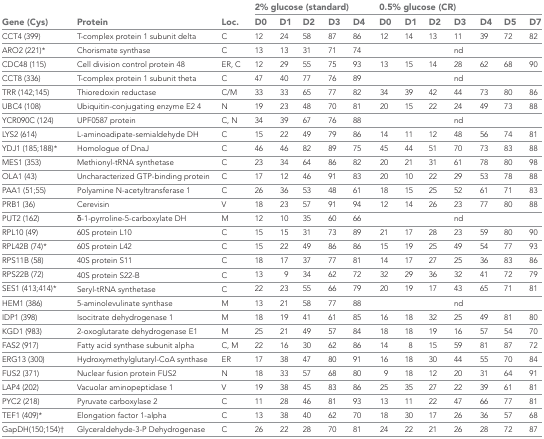
<table><thead><tr><td rowspan="2"><b>Gene (Cys)</b></td><td rowspan="2"><b>Protein</b></td><td rowspan="2"><b>Loc.</b></td><td colspan="5"><b>2% glucose (standard)</b></td><td colspan="7"><b>0.5% glucose (CR)</b></td></tr><tr><td><b>D0</b></td><td><b>D1</b></td><td><b>D2</b></td><td><b>D3</b></td><td><b>D4</b></td><td><b>D0</b></td><td><b>D1</b></td><td><b>D2</b></td><td><b>D3</b></td><td><b>D4</b></td><td><b>D5</b></td><td><b>D7</b></td></tr></thead><tbody><tr><td>CCT4 (399)</td><td>T-complex protein 1 subunit delta</td><td>C</td><td>12</td><td>24</td><td>58</td><td>87</td><td>86</td><td>12</td><td>14</td><td>13</td><td>11</td><td>39</td><td>72</td><td>82</td></tr><tr><td>ARO2 (221)*</td><td>Chorismate synthase</td><td>C</td><td>13</td><td>13</td><td>31</td><td>71</td><td>74</td><td></td><td></td><td></td><td>nd</td><td></td><td></td><td></td></tr><tr><td>CDC48 (115)</td><td>Cell division control protein 48</td><td>ER, C</td><td>12</td><td>29</td><td>55</td><td>75</td><td>93</td><td>13</td><td>15</td><td>14</td><td>28</td><td>62</td><td>68</td><td>90</td></tr><tr><td>CCT8 (336)</td><td>T-complex protein 1 subunit theta</td><td>C</td><td>47</td><td>40</td><td>77</td><td>76</td><td>89</td><td></td><td></td><td></td><td>nd</td><td></td><td></td><td></td></tr><tr><td>TRR (142;145)</td><td>Thioredoxin reductase</td><td>C/M</td><td>33</td><td>33</td><td>65</td><td>77</td><td>82</td><td>34</td><td>39</td><td>42</td><td>44</td><td>73</td><td>80</td><td>86</td></tr><tr><td>UBC4 (108)</td><td>Ubiquitin-conjugating enzyme E2 4</td><td>N</td><td>19</td><td>23</td><td>48</td><td>70</td><td>81</td><td>20</td><td>15</td><td>22</td><td>24</td><td>49</td><td>73</td><td>88</td></tr><tr><td>YCR090C (124)</td><td>UPF0587 protein</td><td>C, N</td><td>34</td><td>39</td><td>67</td><td>76</td><td>88</td><td></td><td></td><td></td><td>nd</td><td></td><td></td><td></td></tr><tr><td>LYS2 (614)</td><td>L-aminoadipate-semialdehyde DH</td><td>C</td><td>15</td><td>22</td><td>49</td><td>79</td><td>86</td><td>14</td><td>11</td><td>12</td><td>48</td><td>56</td><td>74</td><td>81</td></tr><tr><td>YDJ1 (185;188)*</td><td>Homologue of DnaJ</td><td>C</td><td>46</td><td>46</td><td>82</td><td>89</td><td>75</td><td>45</td><td>44</td><td>51</td><td>70</td><td>73</td><td>83</td><td>88</td></tr><tr><td>MES1 (353)</td><td>Methionyl-tRNA synthetase</td><td>C</td><td>23</td><td>34</td><td>64</td><td>86</td><td>82</td><td>20</td><td>21</td><td>31</td><td>61</td><td>78</td><td>80</td><td>98</td></tr><tr><td>OLA1 (43)</td><td>Uncharacterized GTP-binding protein</td><td>C</td><td>17</td><td>12</td><td>46</td><td>91</td><td>83</td><td>20</td><td>10</td><td>22</td><td>29</td><td>53</td><td>78</td><td>88</td></tr><tr><td>PAA1 (51;55)</td><td>Polyamine N-acetyltransferase 1</td><td>C</td><td>26</td><td>36</td><td>53</td><td>48</td><td>61</td><td>18</td><td>15</td><td>25</td><td>52</td><td>61</td><td>71</td><td>83</td></tr><tr><td>PRB1 (36)</td><td>Cerevisin</td><td>V</td><td>18</td><td>23</td><td>57</td><td>91</td><td>94</td><td>12</td><td>14</td><td>26</td><td>23</td><td>77</td><td>80</td><td>88</td></tr><tr><td>PUT2 (162)</td><td>δ-1-pyrroline-5-carboxylate DH</td><td>M</td><td>12</td><td>10</td><td>35</td><td>60</td><td>66</td><td></td><td></td><td></td><td>nd</td><td></td><td></td><td></td></tr><tr><td>RPL10 (49)</td><td>60S protein L10</td><td>C</td><td>15</td><td>15</td><td>31</td><td>73</td><td>89</td><td>21</td><td>17</td><td>28</td><td>23</td><td>59</td><td>80</td><td>90</td></tr><tr><td>RPL42B (74)*</td><td>60S protein L42</td><td>C</td><td>15</td><td>22</td><td>49</td><td>86</td><td>86</td><td>15</td><td>19</td><td>25</td><td>49</td><td>54</td><td>77</td><td>93</td></tr><tr><td>RPS11B (58)</td><td>40S protein S11</td><td>C</td><td>18</td><td>17</td><td>37</td><td>77</td><td>81</td><td>14</td><td>17</td><td>27</td><td>25</td><td>36</td><td>83</td><td>86</td></tr><tr><td>RPS22B (72)</td><td>40S protein S22-B</td><td>C</td><td>13</td><td>9</td><td>34</td><td>62</td><td>72</td><td>32</td><td>29</td><td>36</td><td>32</td><td>41</td><td>72</td><td>79</td></tr><tr><td>SES1 (413;414)*</td><td>Seryl-tRNA synthetase</td><td>C</td><td>22</td><td>23</td><td>55</td><td>66</td><td>79</td><td>20</td><td>19</td><td>17</td><td>43</td><td>65</td><td>71</td><td>81</td></tr><tr><td>HEM1 (386)</td><td>5-aminolevulinate synthase</td><td>M</td><td>13</td><td>21</td><td>58</td><td>77</td><td>88</td><td></td><td></td><td></td><td>nd</td><td></td><td></td><td></td></tr><tr><td>IDP1 (398)</td><td>Isocitrate dehydrogenase 1</td><td>M</td><td>18</td><td>19</td><td>41</td><td>61</td><td>85</td><td>16</td><td>18</td><td>32</td><td>25</td><td>49</td><td>81</td><td>80</td></tr><tr><td>KGD1 (983)</td><td>2-oxoglutarate dehydrogenase E1</td><td>M</td><td>25</td><td>21</td><td>49</td><td>57</td><td>84</td><td>18</td><td>18</td><td>19</td><td>16</td><td>57</td><td>54</td><td>70</td></tr><tr><td>FAS2 (917)</td><td>Fatty acid synthase subunit alpha</td><td>C, M</td><td>22</td><td>16</td><td>30</td><td>62</td><td>86</td><td>14</td><td>8</td><td>15</td><td>59</td><td>81</td><td>87</td><td>72</td></tr><tr><td>ERG13 (300)</td><td>Hydroxymethylglutaryl-CoA synthase</td><td>ER</td><td>17</td><td>38</td><td>47</td><td>80</td><td>91</td><td>16</td><td>18</td><td>30</td><td>44</td><td>55</td><td>70</td><td>84</td></tr><tr><td>FUS2 (371)</td><td>Nuclear fusion protein FUS2</td><td>N</td><td>18</td><td>33</td><td>57</td><td>68</td><td>80</td><td>9</td><td>18</td><td>12</td><td>20</td><td>31</td><td>64</td><td>91</td></tr><tr><td>LAP4 (202)</td><td>Vacuolar aminopeptidase 1</td><td>V</td><td>19</td><td>38</td><td>45</td><td>83</td><td>86</td><td>25</td><td>35</td><td>27</td><td>22</td><td>39</td><td>61</td><td>81</td></tr><tr><td>PYC2 (218)</td><td>Pyruvate carboxylase 2</td><td>C</td><td>11</td><td>28</td><td>46</td><td>81</td><td>93</td><td>13</td><td>11</td><td>22</td><td>47</td><td>66</td><td>77</td><td>81</td></tr><tr><td>TEF1 (409)*</td><td>Elongation factor 1-alpha</td><td>C</td><td>13</td><td>38</td><td>40</td><td>62</td><td>70</td><td>18</td><td>30</td><td>17</td><td>26</td><td>36</td><td>57</td><td>68</td></tr><tr><td>GapDH(150;154)†</td><td>Glyceraldehyde-3-P Dehydrogenase</td><td>C</td><td>26</td><td>22</td><td>28</td><td>70</td><td>81</td><td>24</td><td>22</td><td>21</td><td>26</td><td>28</td><td>72</td><td>87</td></tr></tbody></table>